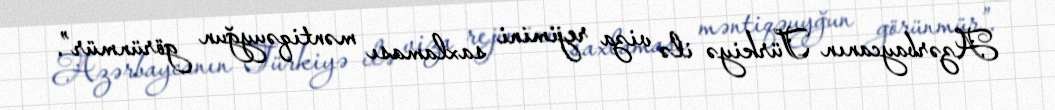
Azərbaycanın Türkiyə ilə viza rejimini saxlaması məntiqəuyğun görünmür”.